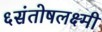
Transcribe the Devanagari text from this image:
६संतोषलक्ष्मी